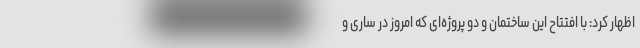
اظهار کرد: با افتتاح این ساختمان و دو پروژه‌ای که امروز در ساری و